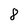
Character: 8